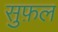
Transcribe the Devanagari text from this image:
सुफ़ल